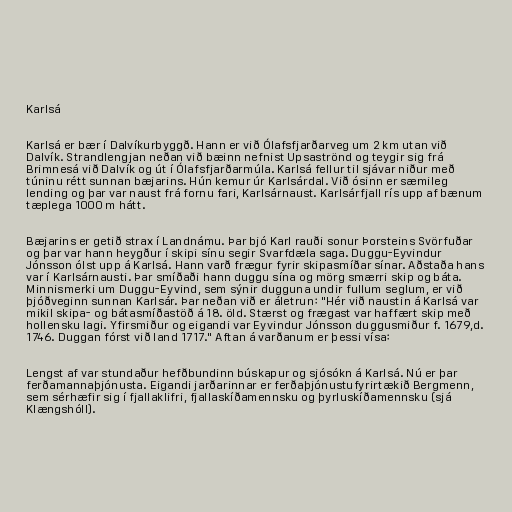
Karlsá

Karlsá er bær í Dalvíkurbyggð. Hann er við Ólafsfjarðarveg um 2 km utan við
Dalvík. Strandlengjan neðan við bæinn nefnist Upsaströnd og teygir sig frá
Brimnesá við Dalvík og út í Ólafsfjarðarmúla. Karlsá fellur til sjávar niður með
túninu rétt sunnan bæjarins. Hún kemur úr Karlsárdal. Við ósinn er sæmileg
lending og þar var naust frá fornu fari, Karlsárnaust. Karlsárfjall rís upp af bænum
tæplega 1000 m hátt.

Bæjarins er getið strax í Landnámu. Þar bjó Karl rauði sonur Þorsteins Svörfuðar
og þar var hann heygður í skipi sínu segir Svarfdæla saga. Duggu-Eyvindur
Jónsson ólst upp á Karlsá. Hann varð frægur fyrir skipasmíðar sínar. Aðstaða hans
var í Karlsárnausti. Þar smíðaði hann duggu sína og mörg smærri skip og báta.
Minnismerki um Duggu-Eyvind, sem sýnir dugguna undir fullum seglum, er við
þjóðveginn sunnan Karlsár. Þar neðan við er áletrun: "Hér við naustin á Karlsá var
mikil skipa- og bátasmíðastöð á 18. öld. Stærst og frægast var haffært skip með
hollensku lagi. Yfirsmiður og eigandi var Eyvindur Jónsson duggusmiður f. 1679,d.
1746. Duggan fórst við land 1717." Aftan á varðanum er þessi vísa:

Lengst af var stundaður hefðbundinn búskapur og sjósókn á Karlsá. Nú er þar
ferðamannaþjónusta. Eigandi jarðarinnar er ferðaþjónustufyrirtækið Bergmenn,
sem sérhæfir sig í fjallaklifri, fjallaskíðamennsku og þyrluskíðamennsku (sjá
Klængshóll).